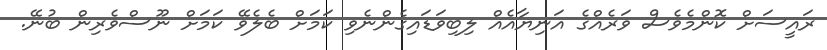
ރައީސަށް ކޮންމެވެސް ވަރެއްގެ އަނިޔާއެއް ލިބިވަޑައިގެންނެވި ކަމަށް ބެލެވޭ ކަމަށް ނޫސްވެރިން ބުނޭ.